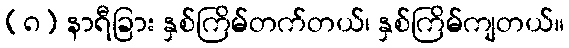
(၈) နာရီခြား နှစ်ကြိမ်တက်တယ်၊ နှစ်ကြိမ်ကျတယ်။